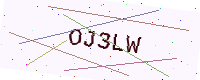
Text: OJ3LW